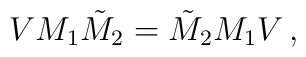
V M_{1} \tilde{M}_{2} = \tilde{M}_{2} M_{1} V\,,